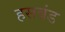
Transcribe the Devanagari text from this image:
हसबंड